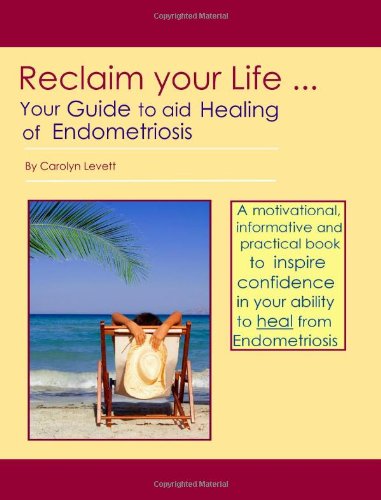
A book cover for Reclaim Your Life - Your Guide to Aid Healing of Endometriosis; Carolyn Levett; Health, Fitness & Dieting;